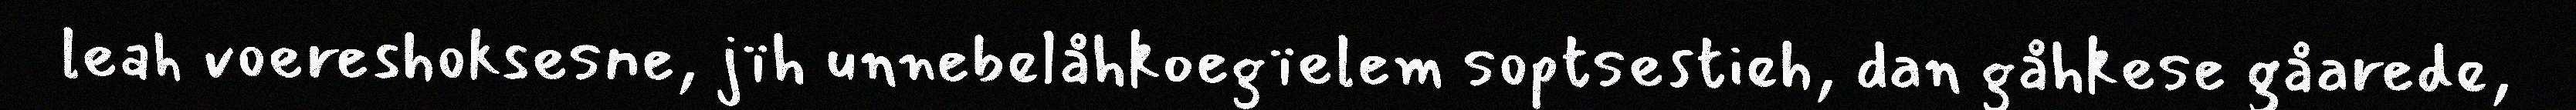
leah voereshoksesne, jïh unnebelåhkoegïelem soptsestieh, dan gåhkese gåarede,